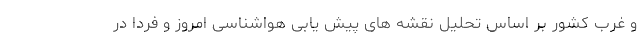
و غرب کشور بر اساس تحلیل نقشه های پیش یابی هواشناسی امروز و فردا در